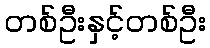
တစ်ဦးနှင့်တစ်ဦး